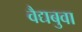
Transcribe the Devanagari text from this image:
वैद्यबुवा